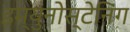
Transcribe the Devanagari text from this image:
इम्युनोस्टेनिंग